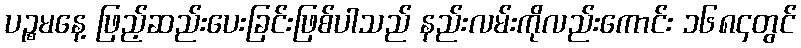
ပဉ္စမနေ့ ဖြည့်ဆည်းပေးခြင်းဖြစ်ပါသည် နည်းလမ်းကိုလည်းကောင်း ၁၆၈၄တွင်